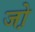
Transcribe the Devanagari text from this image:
जो़